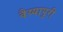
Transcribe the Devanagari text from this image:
वैय्यापुरी